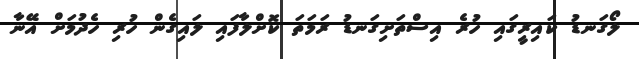
ލޯގަނޑު ކައިރީގައި ހުރެ އިސްތަށިގަނޑު ރަމަތަ ކޮށްލާފައި ލައިގެން ހުރި ހެދުމަށް އޭނާ